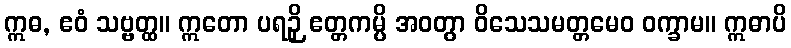
ဣဓ, ဧဝံ သဗ္ဗတ္ထ။ ဣတော ပရဉှိ ဧတ္တကမ္ပိ အဝတွာ ဝိသေသမတ္တမေဝ ဝက္ခာမ။ ဣဓာပိ